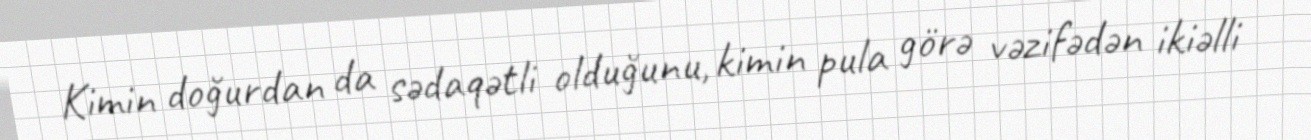
Kimin doğurdan da sədaqətli olduğunu, kimin pula görə vəzifədən ikiəlli